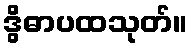
ဒွိဓာပထသုတ်။